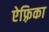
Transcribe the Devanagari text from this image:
ऐफ़्रिका